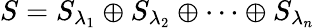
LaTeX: S={{S}_{{\lambda}_{1}}}\oplus{{S}_{{\lambda}_{2}}}\oplus\cdots\oplus{{S}_{{\lambda}_{n}}}